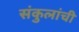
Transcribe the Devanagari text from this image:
संकुलांची